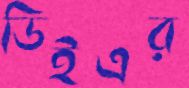
ডিইএর